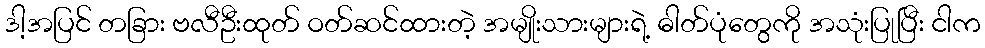
ဒါ့အပြင် တခြား ဗလီဦးထုတ် ဝတ်ဆင်ထားတဲ့ အမျိုးသားများရဲ့ ဓါတ်ပုံတွေကို အသုံးပြုပြီး ငါက